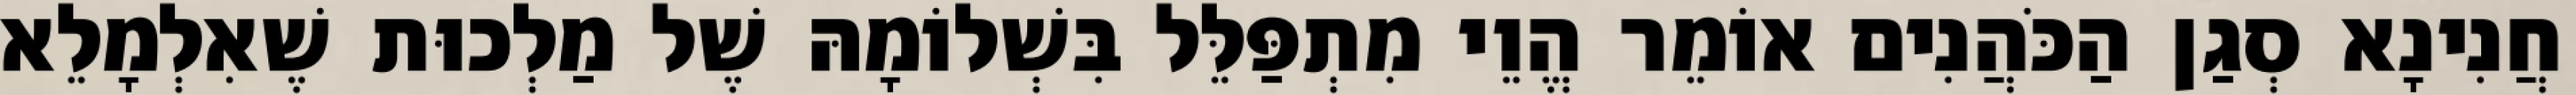
חֲנִינָא סְגַן הַכֹּהֲנִים אוֹמֵר הֱוֵי מִתְפַּלֵּל בִּשְׁלוֹמָהּ שֶׁל מַלְכוּת שֶׁאִלְמָלֵא